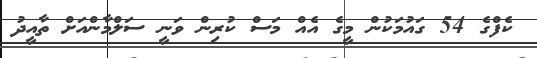
ކެފްގެ 54 ގައުމަކުން މީގެ އެއް މަސް ކުރިން ވަނީ ސަލްމާންއަށް ތާއީދު